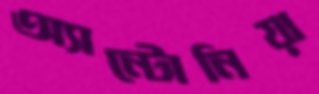
অ্যান্টোনিয়া